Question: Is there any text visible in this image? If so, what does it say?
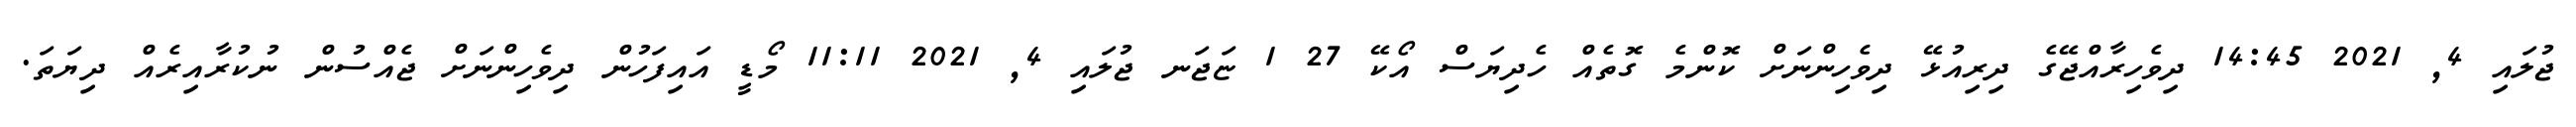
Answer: ޖުލައި 4, 2021 14:45 ދިވެހިރާއްޖޭގެ ދިރިއުޅޭ ދިވެހިންނަށް ކޮންމެ ގޮތެއް ހެދިޔަސް އޯކޭ 27 1 ޏަޖަނ ޖުލައި 4, 2021 11:11 މޯޑީ އައިފަހުން ދިވެހިންނަށް ޖެއްސުން ނުކުރާއިރެއް ދިޔަތަ.